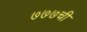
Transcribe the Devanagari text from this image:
७७७ची